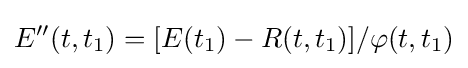
E''(t,t_{1})=[E(t_{1})-R(t,t_{1})]/\varphi (t,t_{1})